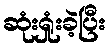
ဆုံးရှုံးခဲ့ပြီး